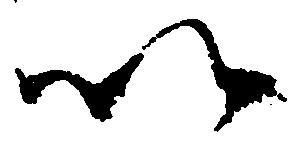
以